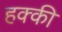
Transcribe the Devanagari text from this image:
हक्की